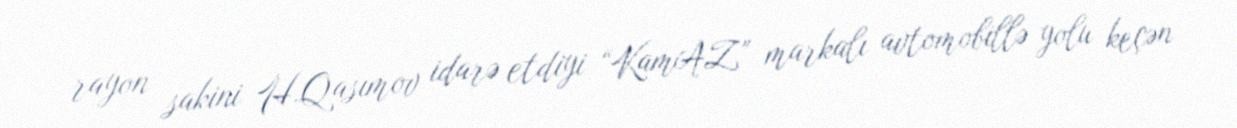
rayon sakini H.Qasımov idarə etdiyi “KamAZ” markalı avtomobillə yolu keçən